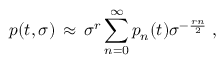
p ( t , \sigma ) \, \approx \, \sigma ^ { r } \sum _ { n = 0 } ^ { \infty } p _ { n } ( t ) \sigma ^ { - \frac { r n } { 2 } } \; ,